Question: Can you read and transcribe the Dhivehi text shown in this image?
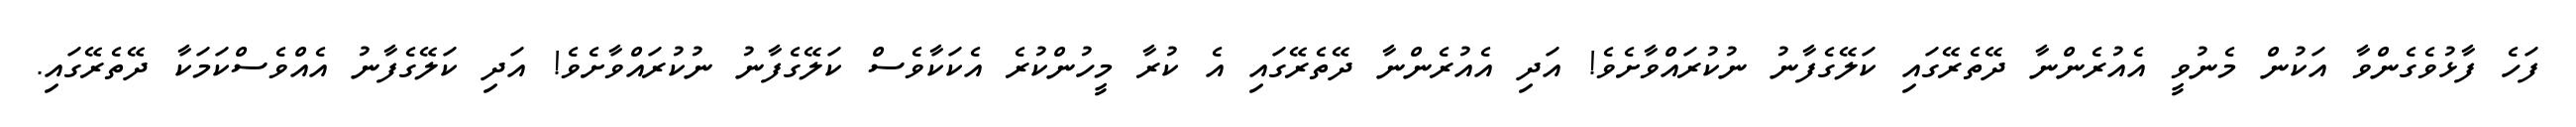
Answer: ފަހެ ފާޅުވެގެންވާ އަކުން މެނުވީ އެއުރެންނާ ދޭތެރޭގައި ކަލޭގެފާނު ނުކުރައްވާށެވެ! އަދި އެއުރެންނާ ދޭތެރޭގައި އެ ކުރާ މީހުންކުރެ އެކަކާވެސް ކަލޭގެފާނު ނުކުރައްވާށެވެ! އަދި ކަލޭގެފާނު އެއްވެސްކަމަކާ ދޭތެރޭގައި.